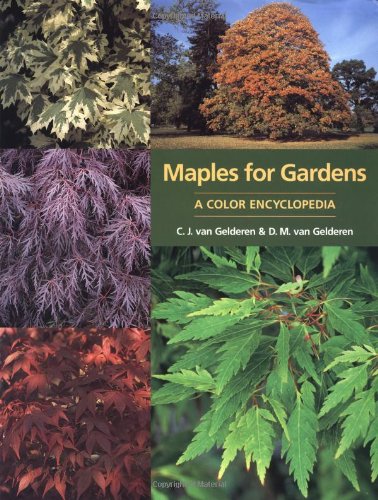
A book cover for Maples for Gardens: A Color Encyclopedia; C.J. van Gelderen; Crafts, Hobbies & Home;